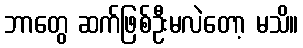
ဘာတွေ ဆက်ဖြစ်ဦးမလဲတော့ မသိ။